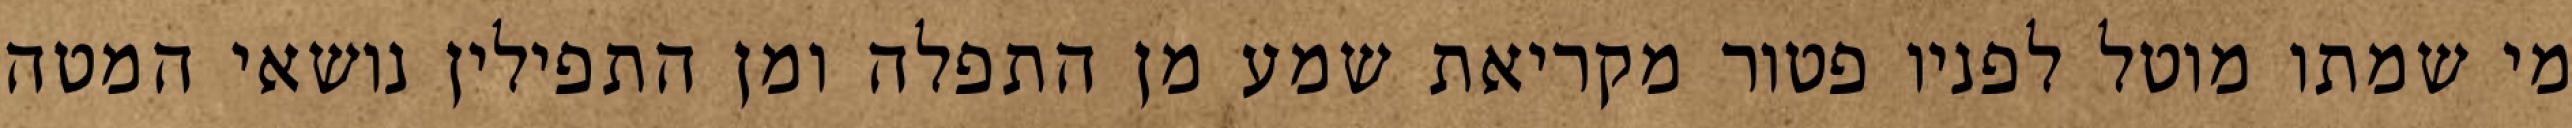
מי שמתו מוטל לפניו פטור מקריאת שמע מן התפלה ומן התפילין נושאי המטה